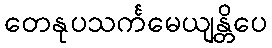
တေနုပသင်္ကမေယျန္တိပေ